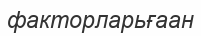
факторларьғаан